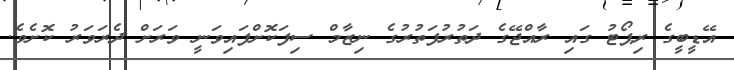
އޭޑީބީގެ ރިޕޯޓު ގައި ރާއްޖޭގެ ދަތުރުފަތުރުގެ ނިޒާމް ސިފަކޮށްފައިވަނީ ވަރަށް ދެރަވަރު ކޮށެވެ.